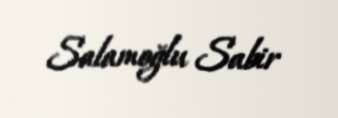
Salamoğlu Sabir